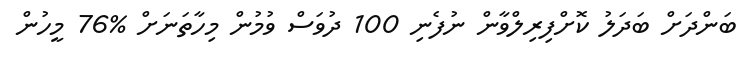
ބަންދަށް ބަދަލު ކޮށްފިރިލްވާން ނުފެނި 100 ދުވަސް ވުމުން މިހާތަނަށް %76 މީހުން